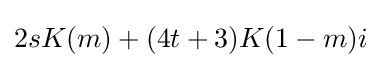
2sK(m)+(4t+3)K(1-m)i